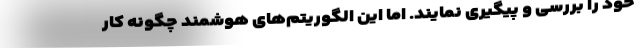
خود را بررسی و پیگیری نمایند. اما این الگوریتم‌های هوشمند چگونه کار